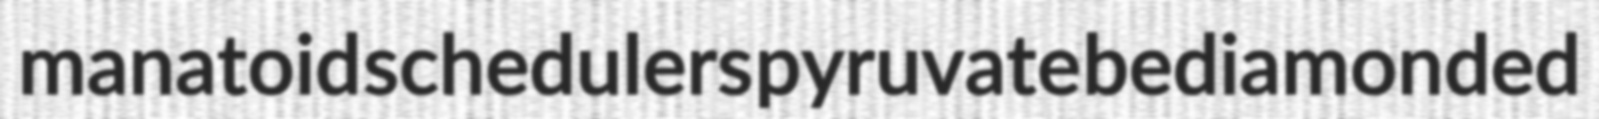
manatoid schedulers pyruvate bediamonded